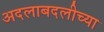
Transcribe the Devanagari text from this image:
अदलाबदलीच्या